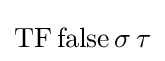
\mathrm {TF} \,\mathrm {false} \,\sigma \,\tau